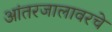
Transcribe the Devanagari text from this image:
आंतरजालावरचे